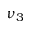
\nu _ { 3 }